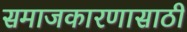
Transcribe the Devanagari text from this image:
समाजकारणासाठी